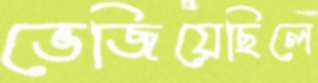
ভেজিয়েছিলে